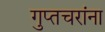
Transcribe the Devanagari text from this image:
गुप्तचरांना